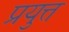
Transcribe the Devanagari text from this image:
प्रयुत्त